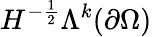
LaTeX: H^{-\frac{1}{2}}\Lambda^{k}(\partial\Omega)